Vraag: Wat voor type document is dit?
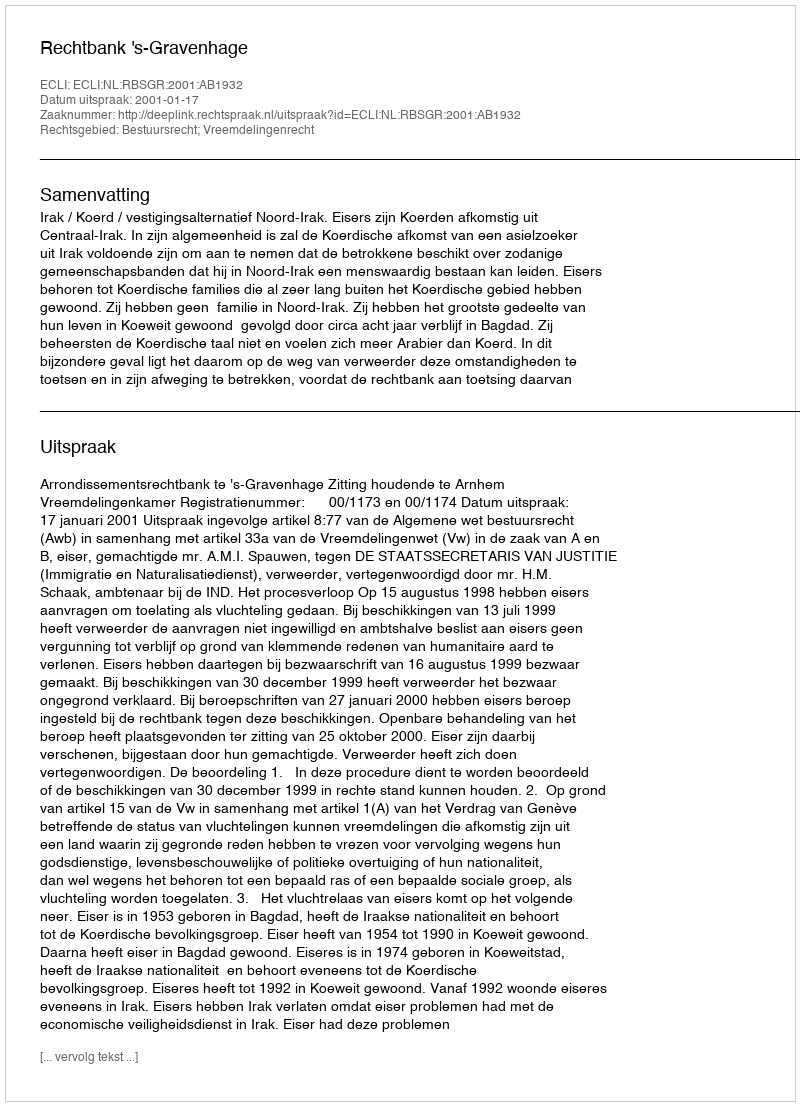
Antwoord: Uitspraak